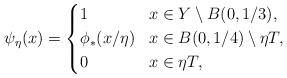
\begin{align*}\psi_\eta (x)=\left\{\aligned& 1 & & x\in Y \setminus B(0, 1/3),\\& \phi_* (x/\eta) & & x\in B(0, 1/4) \setminus \eta T ,\\& 0 & & x\in \eta T,\endaligned\right.\end{align*}